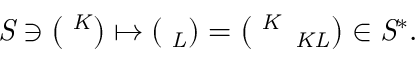
\it S \ni \left( \phi ^ { K } \right) \mapsto \left( \phi _ { L } \right) = \left( \phi ^ { K } \, \epsilon _ { K L } \right) \in { \it S } ^ { * } .